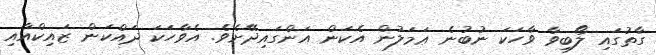
ގާތުގައި ލޯބިވާ ވާހަކަ ނުބުނެ ޢަމަލުން އެކަން އަންގައިދޭށެވެ. އެވާހަކަ ދައްކަން ޒައިކްއާއި